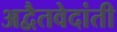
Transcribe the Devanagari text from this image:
अद्वैतवेदांती